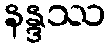
နန္ဒဿ